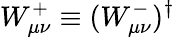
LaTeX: W_{\mu\nu}^{+}\equiv(W_{\mu\nu}^{-})^{\dagger}